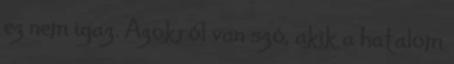
ez nem igaz. Azokról van szó, akik a hatalom